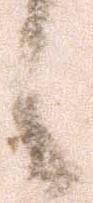
候